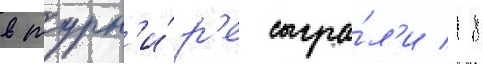
в турн'и́р'е сыгра́л'и 18